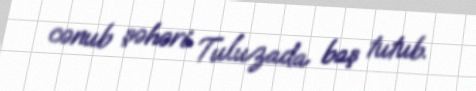
cənub şəhəri Tuluzada baş tutub.